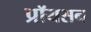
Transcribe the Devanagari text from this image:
प्रॉयसन